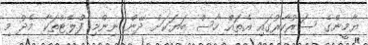
ޔާމީންގެ ސަރުކާރުގައި އެތައް ހާސް ބަޔަކަށް ދޭން ނިންމި ފްލެޓްތަކާ މެދު މި